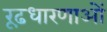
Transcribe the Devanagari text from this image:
रूढ़धारणाओं